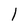
Character: l